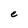
Character: e